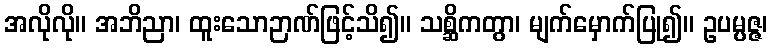
အလိုလို။ အဘိညာ၊ ထူးသောဉာဏ်ဖြင့်သိ၍။ သစ္ဆိကတွာ၊ မျက်မှောက်ပြု၍။ ဥပမ္ပဇ္ဇ၊